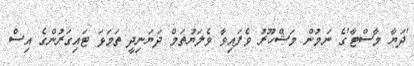
'ދަޔާ މާސްޓާ'ގެ ނަމުން މަޝްހޫރު ވެފައިވާ ވެލަޔުތަމް ދަޔަނިދީ ތަަމަޅަ ޓައިގަރުންގެ އިސް